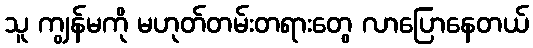
သူ ကျွန်မကို မဟုတ်တမ်းတရားတွေ လာပြောနေတယ်